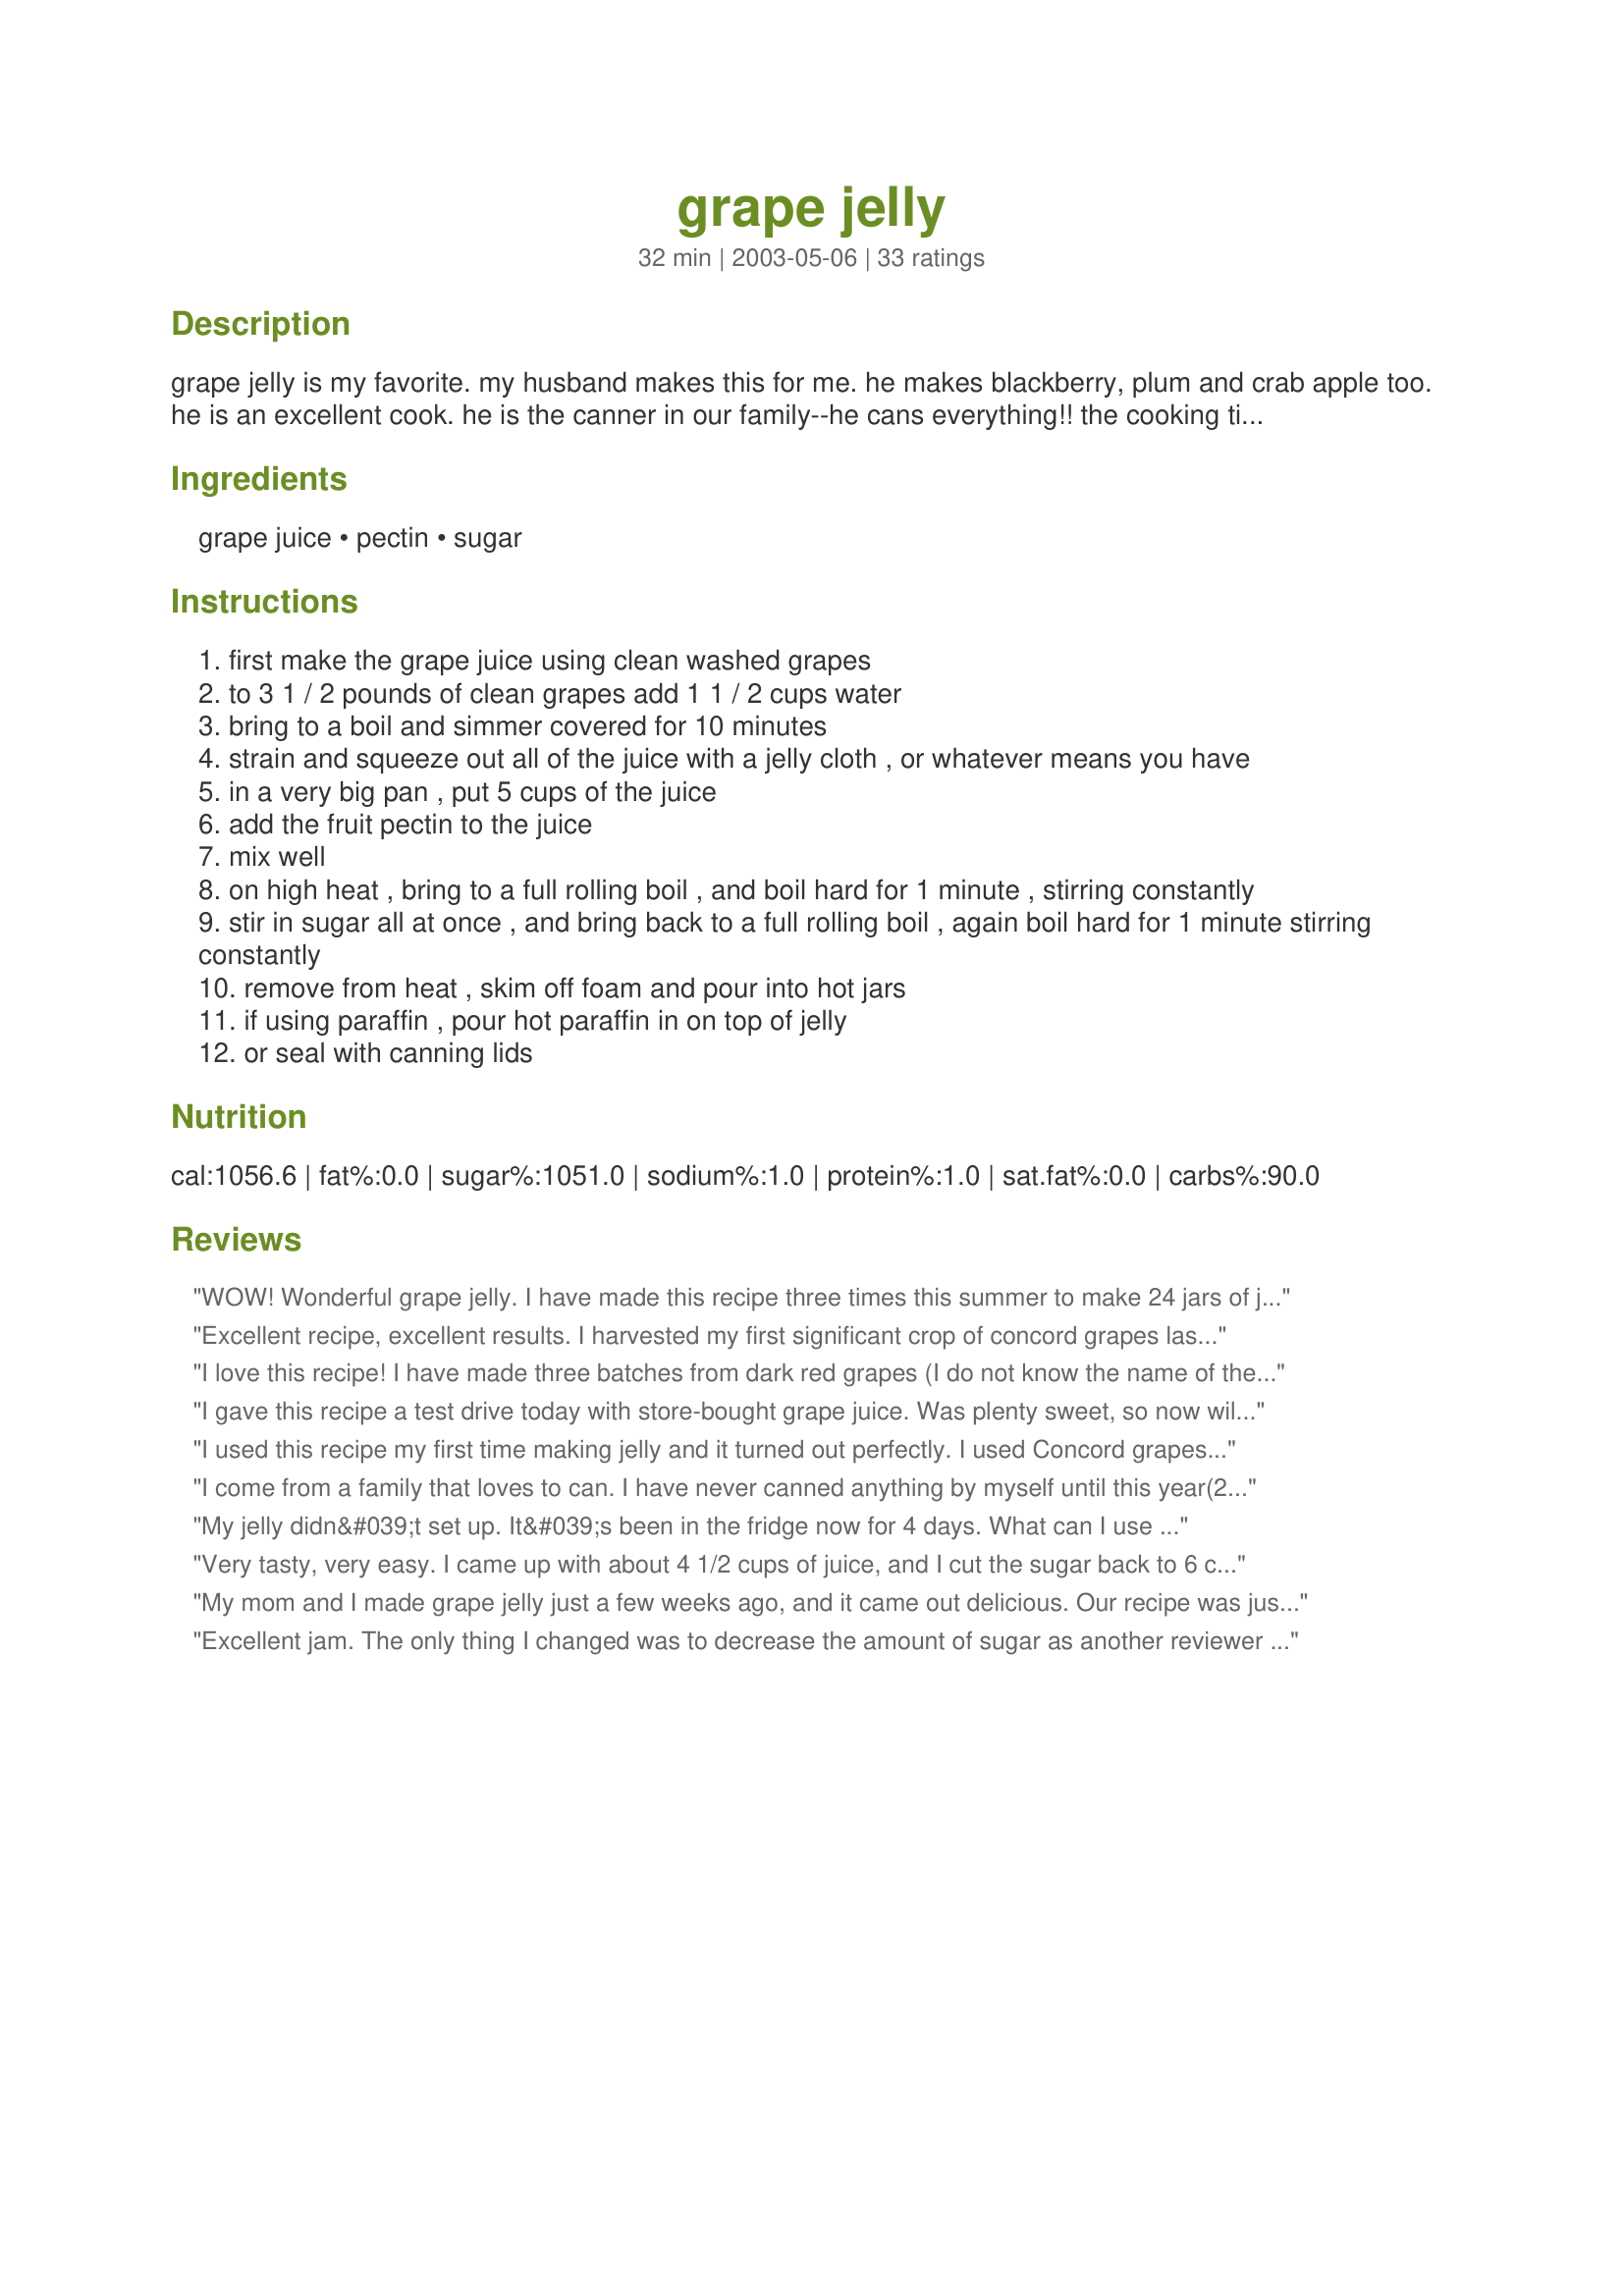
grape jelly
Preparation time: 32 minutes

grape jelly is my favorite. my husband makes this for me. he makes blackberry, plum and crab apple too. he is an excellent cook. he is the canner in our family--he cans everything!! the cooking time is only after it comes to a boil.

Ingredients:
grape juice, pectin, sugar

Steps:
first make the grape juice using clean washed grapes
to 3 1 / 2 pounds of clean grapes add 1 1 / 2 cups water
bring to a boil and simmer covered for 10 minutes
strain and squeeze out all of the juice with a jelly cloth , or whatever means you have
in a very big pan , put 5 cups of the juice
add the fruit pectin to the juice
mix well
on high heat , bring to a full rolling boil , and boil hard for 1 minute , stirring constantly
stir in sugar all at once , and bring back to a full rolling boil , again boil hard for 1 minute stirring constantly
remove from heat , skim off foam and pour into hot jars
if using paraffin , pour hot paraffin in on top of jelly
or seal with canning lids

Reviews:
WOW! Wonderful grape jelly. I have made this recipe three times this summer to make 24 jars of jelly. I had a 5 gal. buckets 3/4 full of grapes and this is the recipe I used. Turned out great. Still have a little juice left so will make some to drink.
Excellent recipe, excellent results. I harvested my first significant crop of concord grapes last fall and used this recipe to make my first grape jelly. This turned out beautifully, the perfect sweetness and consistency. I have received so many complements on *my* grape jelly... Thanks!
I love this recipe! I have made three batches from dark red grapes (I do not know the name of these) given to me by my neighbor. I had four pints total, each time I made the jelly. The jelly tastes like grapes, fresh from the vine! I use a jelly frame and bag when preparing the grapes---I do not squeeze the juice out of the grapes, I let it drip. Squeezing may cause cloudy jelly. Each batch set up beautifully.
I gave this recipe a test drive today with store-bought grape juice. Was plenty sweet, so now will try it with juice from my neighbor's grapes. Hadn't made jelly before so wanted to be sure I was capable before taking it on truly from scratch! THANKS Darlene for an easy, good recipe.
I used this recipe my first time making jelly and it turned out perfectly. I used Concord grapes and ended up having closer to 6 cups of juice, but no problems!
I come from a family that loves to can. I have never canned anything by myself until this year(2003). 
This recipe was very easy to follow and turned out great tasting. Plus all my jars sealed which is always nice....Thank you!!
Mrs. Baker
My jelly didn&#039;t set up. It&#039;s been in the fridge now for 4 days. What can I use it for or do I have to just throw it all away? :&#039;( If it will let you, please respond to my email so I know I&#039;ll get it. Thanks!
Very tasty, very easy. I came up with about 4 1/2 cups of juice, and I cut the sugar back to 6 cups. Perfect!
My mom and I made grape jelly just a few weeks ago, and it came out delicious. Our recipe was just like this one, but we used a liquid pectin. Came out great!
Excellent jam. The only thing I changed was to decrease the amount of sugar as another reviewer had recommended. My grapes were sweet enough to require less sugar.
Hubby and I spent the day yesterday picking grapes from the yard... it's the first time we ever used them! So I knew EXACTLY what website to go to for good recipes and this jelly recipe did not dissappoint. It was so easy and the house smelled terrific. I have made jelly before, but this was my first try with grape. It is delicious. My 3 year old twins gobbled it up, too. Thanks for a great recipe. I'd love to see your hubby's other jelly recipes posted to the site.
Beautiful jelly! Easy to make, tastes delicious, just the recipe I was looking for. I made two different types using homegrown grapes from my father&#039;s arbor. My pink concord jelly is so pretty, as is my green concord jelly. I followed the recipe exactly with only a couple of modifications, with excellent results. I cooked 4 lbs. of grapes to be sure I got the full 5 cups of juice and that was the right amount for me. And, I only got 8 1-cup jelly jars of jelly, not 6 pints. Mine didn&#039;t yield as much as the author&#039;s recipe did. I would highly recommend to anyone who doesn&#039;t have one to buy one of the metal stands that holds a jelly bag. I found one at my local grocery store and boy is that thing handy!! It fits snugly over my Tupperware bowl that has measurements on the side so it&#039;s easy to see when I have 5 cups of liquid. I dumped the contents of the bag (pulp and seeds) out for the squirrels, much to their delight. This is now my &quot;go to&quot; recipe for grape jelly.
Good go to recipe for basics. I don't add any water and find it to have intense grape flavor that I love. (Since I don't add water I use 5lbs of grapes to get the 5 cups of juice). It seems just a touch runny to me, but its wonderful.
i just tasted the best grape jelly of my life thanks to this recipe! i never gave the stuff much thought, but i found one market stall bursting with concord grapes last week & thought i'd try doing something with them. SO glad i did!! i had no idea the stuff could taste so fruity and rich. just lovely. set just thick enough without turning to gel. really a wonderful discovery. thanks so much for sharing!
This was my first attempt to make grape jelly and it was so simple that I would make a few more batches if I hadn't run out of sugar. The wild mustang grapes I used made this a rather tart jelly, which makes me feel like I'm eating actual fruit and not just a bland store-bought jelly. Delicioso!
I am new to canning, having made just 6 batches of various jams and one batch of canned tomatoes during the past month. Made this recipe yesterday. First time to make grape jelly and it turned out great. Used cheese cloth to drain out the juice and got 6 cups juice. I did not squeeze out the juice, but only let it drain out. I got 8 1/2 half pint jars of grape jelly from the 6 cups of juice. That left me with 4 1/2 cups of pulp, which I didn&#039;t want to waste, so I added 1 1/2 cups water and used that to make a batch of grape jam. That turned out great, too. I ended up with 17 half-pint jars total. Glad I found this recipe. (I cut back a little bit on the sugar.) Thanks.
Great recipe! thank you so much I am a newbee at canning and your recipe was perfect!
This was a great recipe. It was easy and successful. I have been afraid to try jams and jellies because of others telling me how difficult it is. This was wonderful. (I even tried it with peanut butter and it tasted great)
I loved this recipe. I cheated a little in that I bought really good grape juice instead of making my own. I also used the same method and recipe for apple jelly. People are raving!
Wonderful tasting jelly. I made 2 batches using 9 lbs. of grapes which yield a total of 8 pts.<br/>I tasted the juice after juicing and didn't feel there was enough grape flavor so I put all the juice in a pan and reduced it 25%. I then proceeded with the recipe as directed. <br/>The end product had the most delicous grape flavor.
My first jelly attempt and it was a success! I thought 7 cups of sugar was a lot, but it tasted just right. Thank you for an easy, tasty recipe! Making more tonight...we have about 60-70 feet of grapes growing in our back yard, so it will not be my last batch this season, for sure! (UPDATE: I did try this w/ only 6 cups of sugar and liked it even better!)
what an easy recipe to use
very easy to follow for beginners like myself
made two batches and they turned out great
Excellent! I did not add any water to the grapes as i cooked them as i wanted an intense flavor. First time i used concord grapes; the second time i used wild grapes. I did have to use more grapes than mentioned to get 5 cups but worth the extra effort. This is the only grape jelly i will use.
Thanks!
I made this recipe with the grapes from the vines in our backyard! It was great. The 'funnest' part was straining all the juice from the grapes. Of the two batches I made I could not squeeze out enough juice out of one of the batches. I used cheese cloth but there may be a better alternative out there. Thanks!!
This is really good jelly. I used grape juice. At first, I didn't think it got thick enough, but hubby says it is just right. I put some in the freezer. Thanks for a great recipe.
May want to add a pat of butter to reduce foaming
Wow...this jelly was fabulous! This was my first time canning anything, and it was much easier than I thought! I had frozen grapes from my mother in-law's grape vine (concord grapes I believe) and I just thawed them before using. The only thing I will change next time is that I will try to use less sugar, as it is very sweet. This recipe made 4 1-pint jars.
My go to recipe! Works great every time!!!! Just made a batch with homemade green grape juice today!!!! Turned out so yummy! Thanks for sharing this recipe!!!!
Delicious! I followed your recipe to a &quot;T&quot; and the jelly was perfect!
I made up a batch to have with some english muffins I was going to make. Made a few days ahead, so they could set for a few days before using. We love this jelly! So good on sandwiches (My DS's say so) and great on my homemade Engie Muffins! Thanks for sharing such a simple recipe!
My Sister in Law (PjD#2)made this and we were lucky that she shared a jar with us! This was great jam and the kids love it on their toast or bagels for breakfast! Thanks for sharing this recipe and thanks P for the jam :)
I wanted to make some jelly from the 19 lbs. (!) of concord grapes we bought recently. This recipe turned out great. We ate half a jar this morning! Will keep this recipe on hand for next year. Thanks for a great way to use up the grapes!
Boil the jars for fifteen minutes or until you hear all the jars pop
